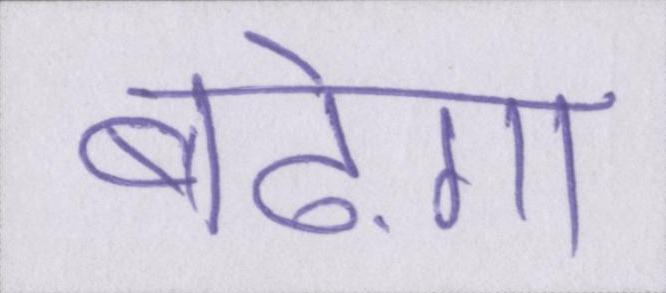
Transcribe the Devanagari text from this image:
बढ़ेगा